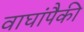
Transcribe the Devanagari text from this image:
वाघांपैकी